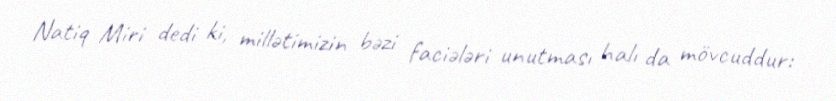
Natiq Miri dedi ki, millətimizin bəzi faciələri unutması halı da mövcuddur: